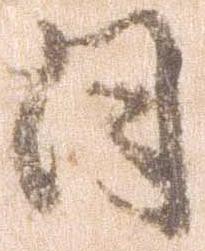
日